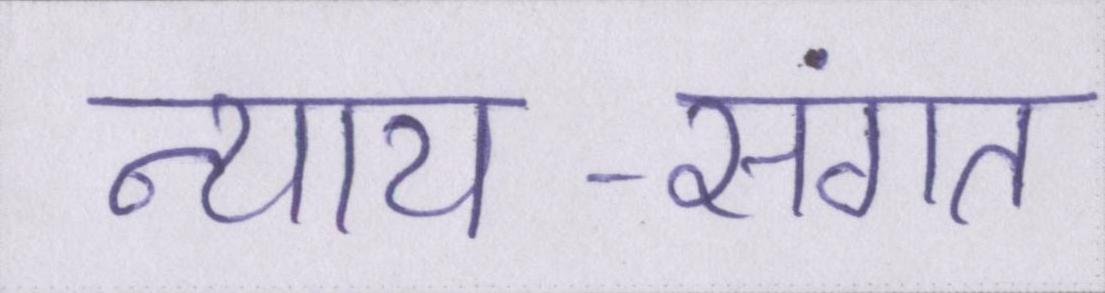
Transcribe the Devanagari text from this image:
न्याय-संगत